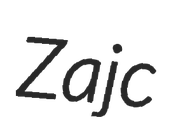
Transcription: Zajc